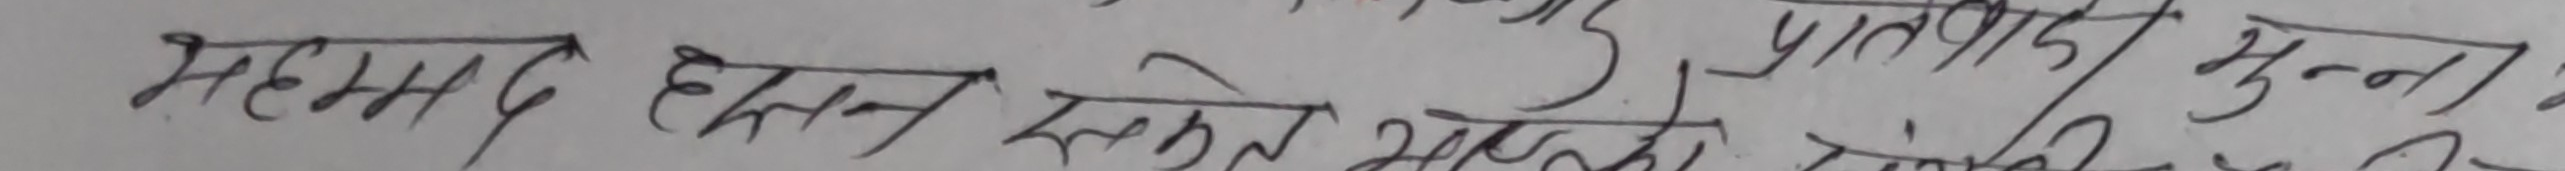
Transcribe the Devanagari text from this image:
महम्मद हसेन स्केन्ड अहमद मुन्ना